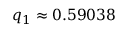
q _ { 1 } \approx 0 . 5 9 0 3 8